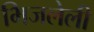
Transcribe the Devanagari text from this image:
भिजलेली